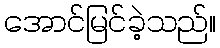
အောင်မြင်ခဲ့သည်။